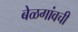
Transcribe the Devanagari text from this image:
बेळगांवची